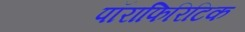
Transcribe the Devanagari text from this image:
पॉराफिरिटिक